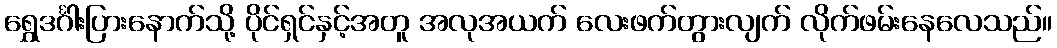
ရွှေဒင်္ဂါးပြားနောက်သို့ ပိုင်ရှင်နှင့်အတူ အလုအယက် လေးဖက်တွားလျက် လိုက်ဖမ်းနေလေသည်။